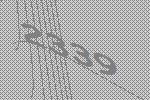
2339